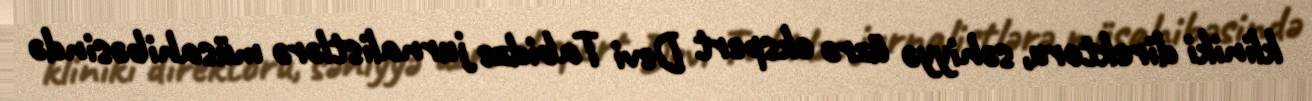
kliniki direktoru, səhiyyə üzrə ekspert Devi Tabidze jurnalistlərə müsahibəsində